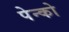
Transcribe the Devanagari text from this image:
पेन्को